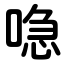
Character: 喼